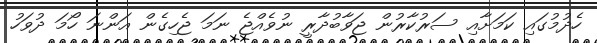
ހެދުމުގައި ކަމަށާއި ސަރުކާރުން ޖަވާބުދާރީ ނުވެއްޖެ ނަމަ ޖެހިގެން އަންނަ ހޯމަ ދުވަހު